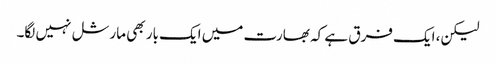
لیکن، ایک فرق ہے کہ بھارت میں ایک بار بھی مارشل نہیں لگا۔